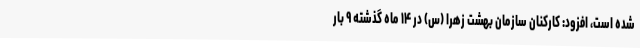
شده است، افزود: کارکنان سازمان بهشت زهرا (س) در ۱۴ ماه گذشته ۹ بار